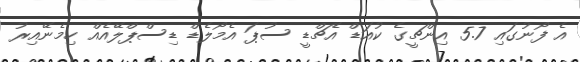
އެ ފޯނުގައި 5.7 އިންޗީގެ ކުއަޑް އެޗްޑީ ސުޕަ އެމޯލެޑް ޑިސްޕްލޭއެއް ހިމެނޭއިރު